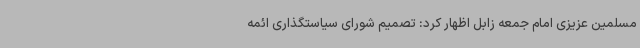
مسلمین عزیزی امام جمعه زابل اظهار کرد: تصمیم شورای سیاستگذاری ائمه